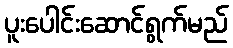
ပူးပေါင်းဆောင်ရွက်မည်